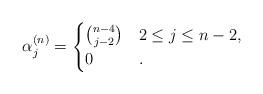
LaTeX: \begin{align*} \alpha_{j}^{(n)} = \begin{cases} \binom{n-4}{j-2} & 2 \leq j \leq n-2, \\ 0 & . \end{cases} \end{align*}